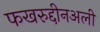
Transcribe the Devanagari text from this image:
फखरुद्दीनअली